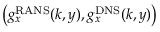
\left( g _ { x } ^ { \mathrm { R A N S } } ( k , y ) , g _ { x } ^ { \mathrm { D N S } } ( k , y ) \right)